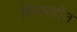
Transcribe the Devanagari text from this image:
शिंगरहीत